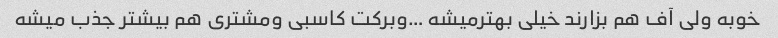
خوبه ولی آف هم بزارند خیلی بهترمیشه …وبرکت کاسبی ومشتری هم بیشتر جذب میشه